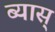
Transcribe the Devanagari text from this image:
ब्यास्